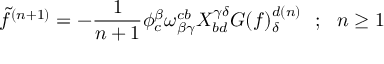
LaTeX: \tilde { f } ^ { ( n + 1 ) } = - { \frac { 1 } { n + 1 } } \phi _ { c } ^ { \beta } \omega _ { \beta \gamma } ^ { c b } X _ { b d } ^ { \gamma \delta } G ( f ) _ { \delta } ^ { d ( n ) } ~ ~ ; ~ ~ n \ge 1